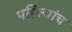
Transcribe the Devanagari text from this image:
पहिल्यांच